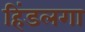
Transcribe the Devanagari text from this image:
हिंडलगा